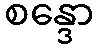
စန္ဒော